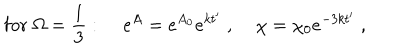
LaTeX: \mathrm { f o r } \; \Omega = \frac { 1 } { 3 } : \; e ^ { A } = e ^ { A _ { 0 } } e ^ { k t ^ { \prime } } \; , \; \chi = \chi _ { 0 } e ^ { - 3 k t ^ { \prime } } \; ,